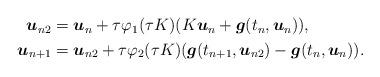
LaTeX: \begin{align*} \begin{aligned} \boldsymbol u_{n2}&=\boldsymbol u_n+ \tau\varphi_1(\tau K)(K\boldsymbol u_n+ \boldsymbol g(t_n,\boldsymbol u_n)),\\ \boldsymbol u_{n+1}&=\boldsymbol u_{n2}+ \tau\varphi_2(\tau K)(\boldsymbol g(t_{n+1},\boldsymbol u_{n2})- \boldsymbol g(t_n,\boldsymbol u_n)). \end{aligned}\end{align*}